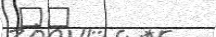
٣٠